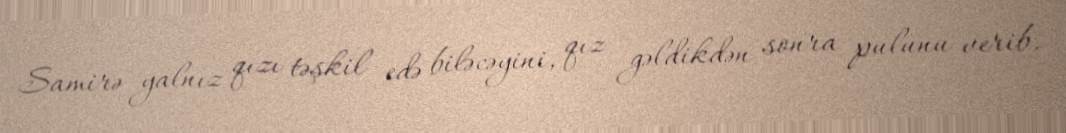
Samirə yalnız qızı təşkil edə biləcəyini, qız gəldikdən sonra pulunu verib,